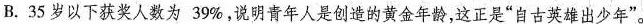
B、35岁以下获奖人数为 39%，说明青年人是创造的黄金年龄，这正是”自古英雄出少年”。